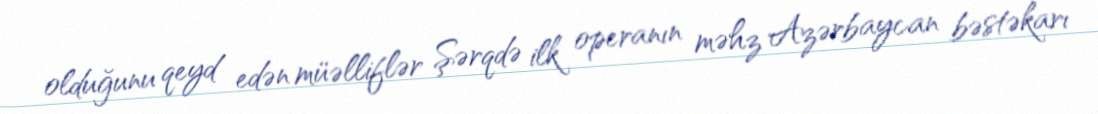
olduğunu qeyd edən müəlliflər Şərqdə ilk operanın məhz Azərbaycan bəstəkarı